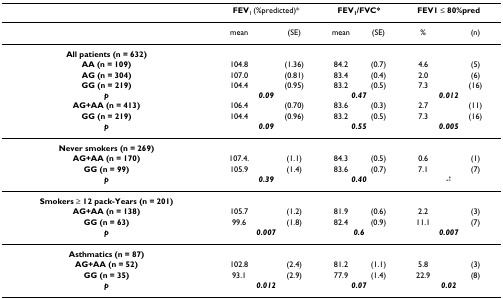
|  | <COLSPAN=2> FEV1 (%predicted)* | <COLSPAN=2> FEV1/FVC* | <COLSPAN=2> FEV1 ≤ 80%pred |
 | --- | --- | --- | --- | --- | --- | --- |
 |  | mean | (SE) | mean | (SE) | % | (n) |
 | All patients (n = 632) |  |  |  |  |  |  |
 | AA (n = 109) | 104.8 | (1.36) | 84.2 | (0.7) | 4.6 | (5) |
 | AG (n = 304) | 107.0 | (0.81) | 83.4 | (0.4) | 2.0 | (6) |
 | GG (n = 219) | 104.4 | (0.95) | 83.2 | (0.5) | 7.3 | (16) |
 | p | <COLSPAN=2> 0.09 | <COLSPAN=2> 0.47 | <COLSPAN=2> 0.012 |
 | AG+AA (n = 413) | 106.4 | (0.70) | 83.6 | (0.3) | 2.7 | (11) |
 | GG (n = 219) | 104.4 | (0.96) | 83.2 | (0.5) | 7.3 | (16) |
 | p | <COLSPAN=2> 0.09 | <COLSPAN=2> 0.55 | <COLSPAN=2> 0.005 |
 | Never smokers (n = 269) |  |  |  |  |  |  |
 | AG+AA (n = 170) | 107.4. | (1.1) | 84.3 | (0.5) | 0.6 | (1) |
 | GG (n = 99) | 105.9 | (1.4) | 83.6 | (0.7) | 7.1 | (7) |
 | p | <COLSPAN=2> 0.39 | <COLSPAN=2> 0.40 | <COLSPAN=2> -† |
 | Smokers ≥ 12 pack-Years (n = 201) |  |  |  |  |  |  |
 | AG+AA (n = 138) | 105.7 | (1.2) | 81.9 | (0.6) | 2.2 | (3) |
 | GG (n = 63) | 99.6 | (1.8) | 82.4 | (0.9) | 11.1 | (7) |
 | p | <COLSPAN=2> 0.007 | <COLSPAN=2> 0.6 | <COLSPAN=2> 0.007 |
 | Asthmatics (n = 87) |  |  |  |  |  |  |
 | AG+AA (n = 52) | 102.8 | (2.4) | 81.2 | (1.1) | 5.8 | (3) |
 | GG (n = 35) | 93.1 | (2.9) | 77.9 | (1.4) | 22.9 | (8) |
 | p | <COLSPAN=2> 0.012 | <COLSPAN=2> 0.07 | <COLSPAN=2> 0.02 |